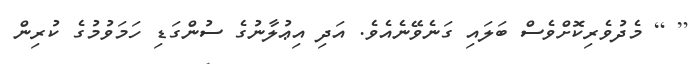
[ ] މެދުވެރިކޮށްވެސް ބަލައި ގަނެވޭނެއެވެ. އަދި އިޢުލާނުގެ ސުންގަޑި ހަމަވުމުގެ ކުރިން